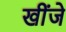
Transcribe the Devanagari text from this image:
खींजे